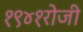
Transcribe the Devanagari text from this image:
१९४१रोजी